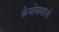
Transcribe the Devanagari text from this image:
केसोबासांची